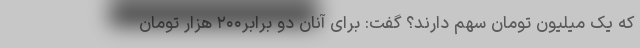
که یک میلیون تومان سهم دارند؟ گفت: برای آنان دو برابر۲۰۰ هزار تومان